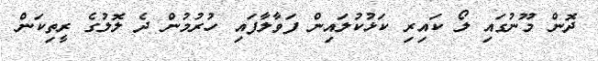
ދޮން މޫނުގައި ލޯ ކައިރި ކަޅުކުލައިން ފަވާލާފައި ހުރުމުން ދެ ލޮލުގެ ރީތިކަން